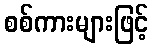
စစ်ကားများဖြင့်